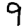
Digit: 9